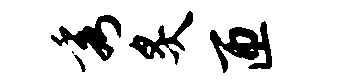
秀炙匝